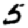
Digit: 5